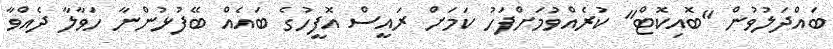
ބައްދަލުވުން "ބޮއިކޮޓް" ކުރެއްވުމަށްފަހު ކަމަށް ރައީސް އޮފީހުގެ ބައެއް ބޭފުޅުންނާ ހަވާލާ ދެއްވާ